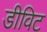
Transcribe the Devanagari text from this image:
डीविट